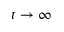
t \rightarrow \infty